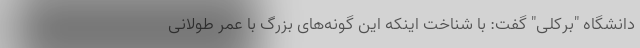
دانشگاه "برکلی" گفت: با شناخت اینکه این گونه‌های بزرگ با عمر طولانی